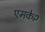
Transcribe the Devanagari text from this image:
एमके२